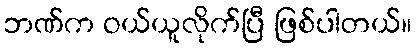
ဘဏ်က ဝယ်ယူလိုက်ပြီ ဖြစ်ပါတယ်။